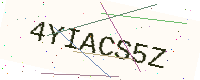
Text: 4YIACS5Z